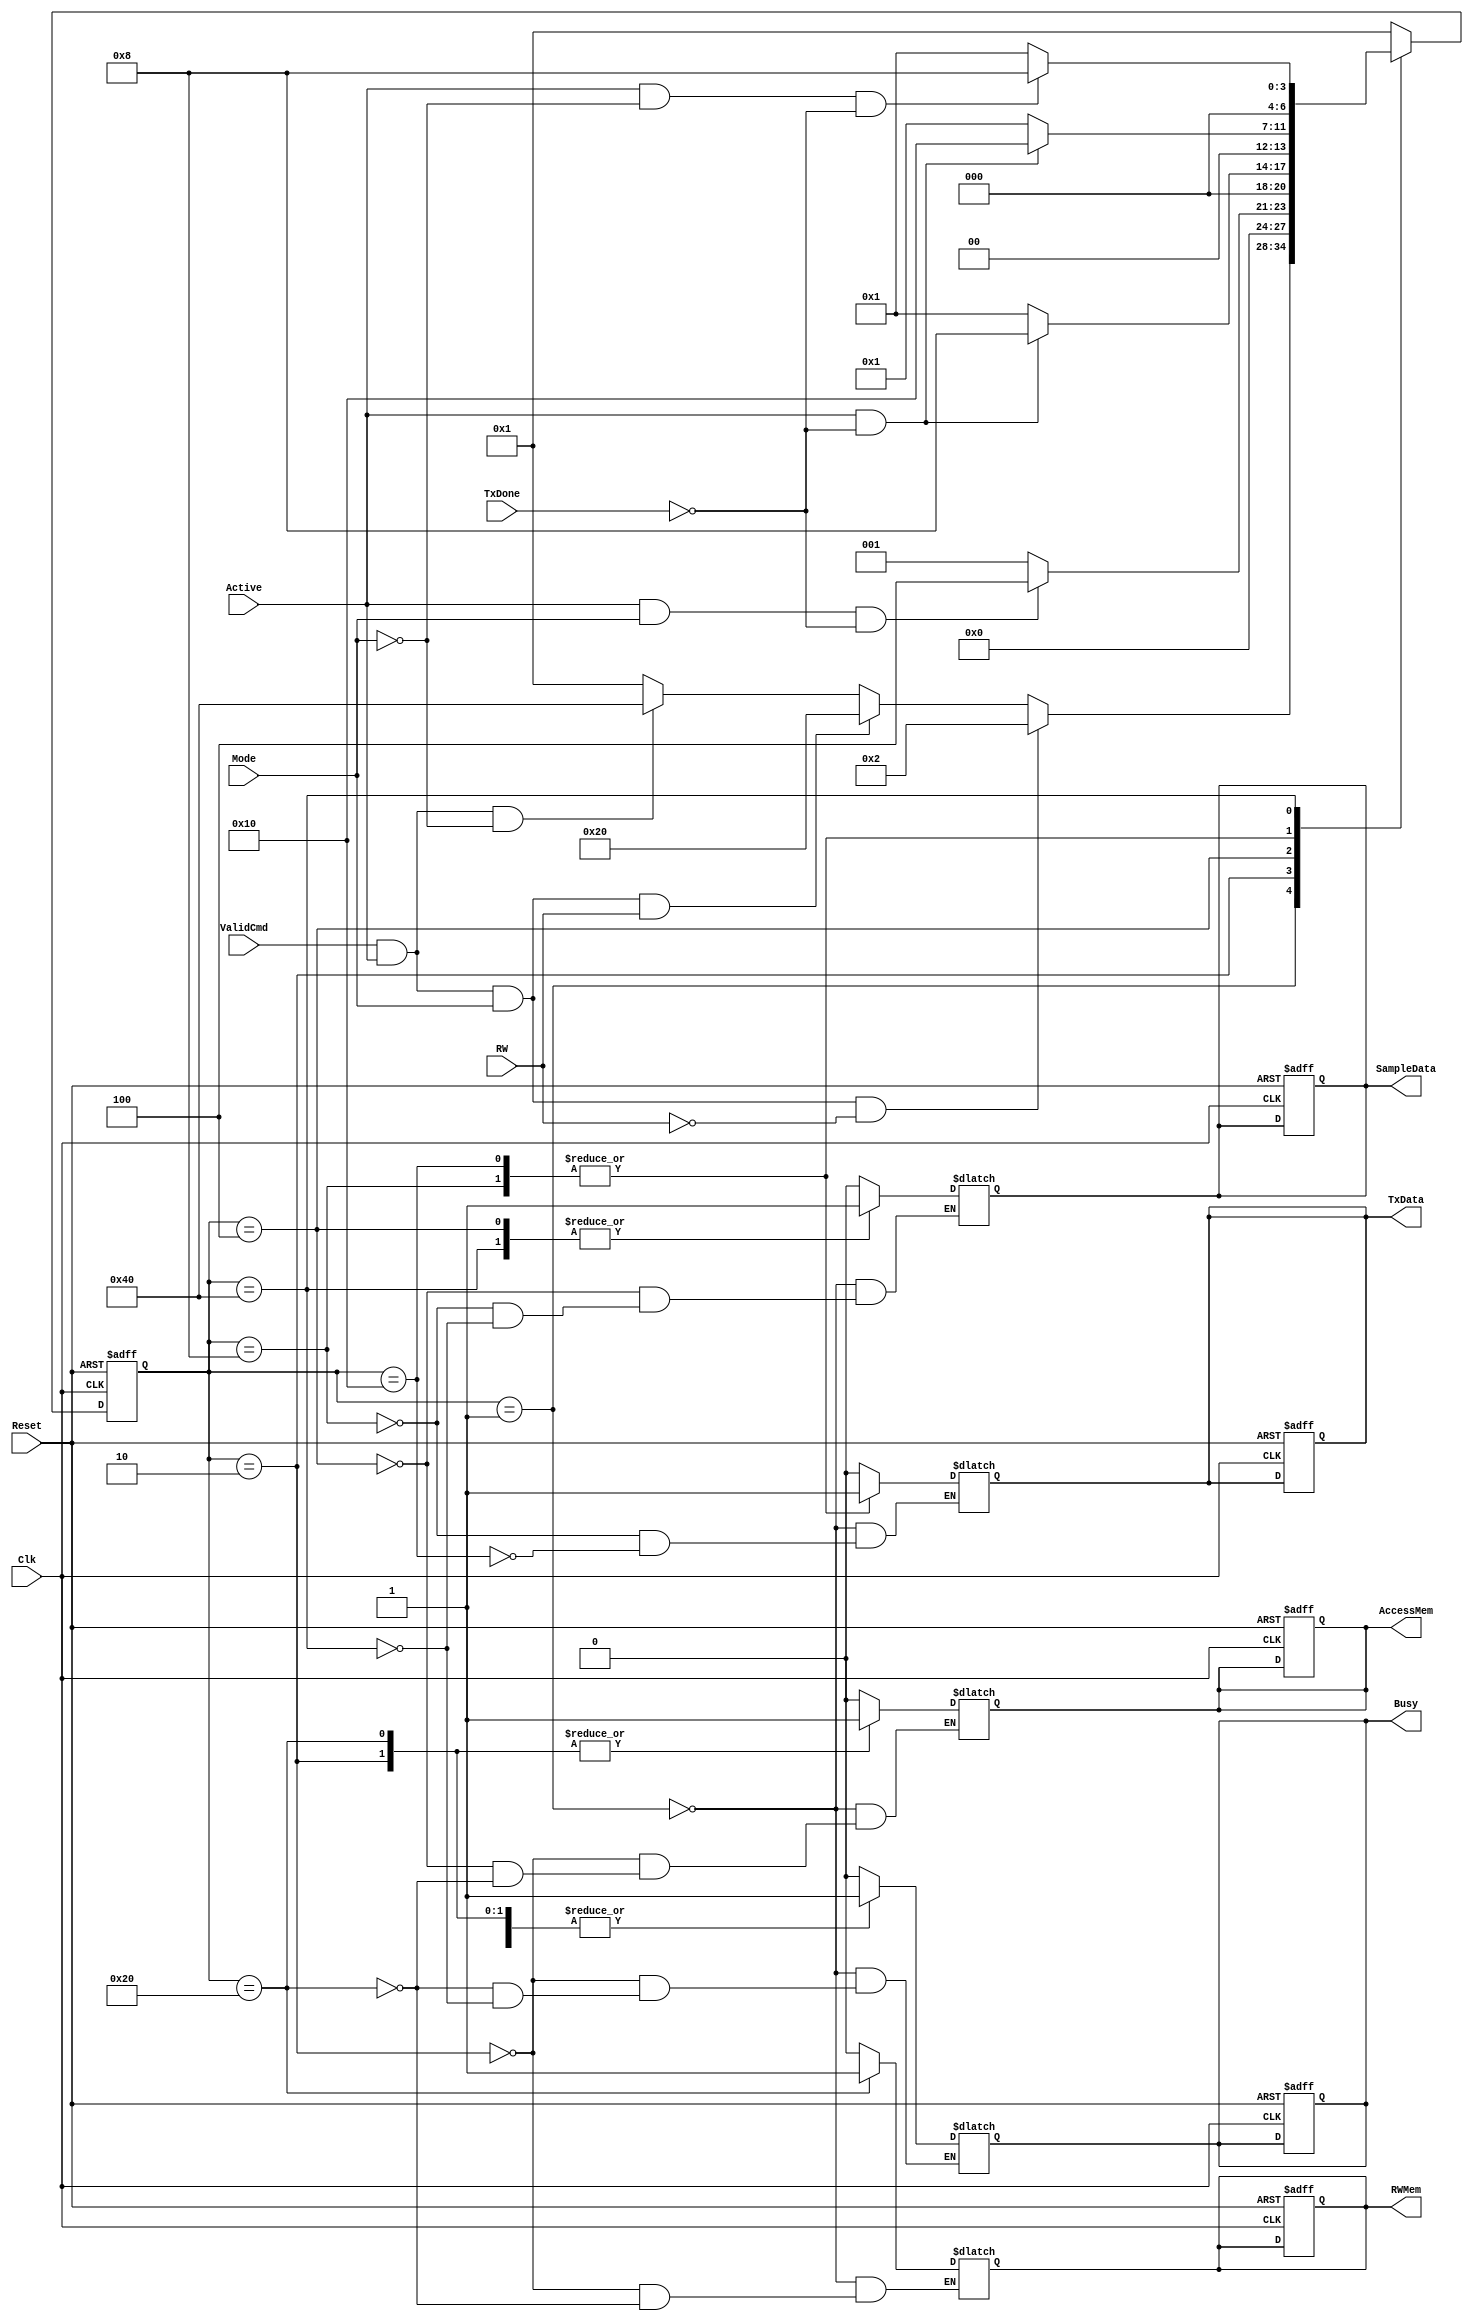
module Control_RW_Flow(input ValidCmd, RW, Reset, Clk, TxDone, Active, Mode,
                       output reg AccessMem, RWMem, SampleData, TxData, Busy);
  
  localparam IDLE = 7'b0000001;
  localparam READMEMORY = 7'b0000010;
  localparam SAMPLETRANSCEIVER = 7'b0000100;
  localparam STARTTRANSFER = 7'b0001000;
  localparam WAITTRANSFER = 7'b0010000;
  localparam WRITEMEMORY = 7'b0100000;
  localparam SAMPLESERIAL = 7'b1000000;
  
  reg [6:0] stare_curenta, stare_viitoare;
  always @(ValidCmd, Active, Mode, RW, TxDone, stare_curenta) begin
    case(stare_curenta)
      IDLE:
        if(ValidCmd == 1 && Active == 1 && Mode == 1 && RW == 0)
          stare_viitoare = READMEMORY;
      else if(ValidCmd == 1 && Active == 1 && Mode == 1 && RW == 1)
        stare_viitoare = WRITEMEMORY;
      else if(ValidCmd == 1 && Active == 1 && Mode == 0)
        stare_viitoare = SAMPLESERIAL;
       else stare_viitoare = IDLE;
    
      READMEMORY:
        if(Active && Mode && TxDone == 0)
          stare_viitoare = SAMPLETRANSCEIVER;
      else stare_viitoare = IDLE;
      
      SAMPLETRANSCEIVER:
        if(Active && TxDone == 0)
          stare_viitoare = STARTTRANSFER;
      else stare_viitoare = IDLE;
      
      STARTTRANSFER:
        if(Active && TxDone == 0)
          stare_viitoare = WAITTRANSFER;
      	else stare_viitoare = IDLE;
      
      WAITTRANSFER:
        if(Active && TxDone == 0)
          stare_viitoare = WAITTRANSFER;
      	else stare_viitoare = IDLE;
      
      WRITEMEMORY:
        stare_viitoare = IDLE;
      
      SAMPLESERIAL:
        if(Active && Mode == 0 && TxDone == 0)
          stare_viitoare = STARTTRANSFER;
        else stare_viitoare = IDLE;
      
      default: stare_viitoare = IDLE;
    endcase
  end
  
  always @(posedge Clk, posedge Reset) begin
    if(Reset) begin
      stare_curenta <= IDLE;
      AccessMem <= 0;
      RWMem <= 0;
      SampleData <= 0;
      TxData <= 0;
      Busy <= 0;
    end else if(Clk) begin
      stare_curenta <= stare_viitoare;
    end
  end
  
  always @(stare_curenta) begin
    case(stare_curenta)
      IDLE: begin
      AccessMem = 0;
      RWMem = 0;
      SampleData = 0;
      TxData = 0;
      Busy = 0;
      end
        
      READMEMORY:
        begin AccessMem=1; RWMem=0; Busy = 1; end 
      
      SAMPLETRANSCEIVER:
        begin AccessMem = 0; SampleData = 1; end
      
      STARTTRANSFER:
        begin TxData = 1; SampleData = 0; end
      
      WAITTRANSFER:
        begin TxData = 1; end
      
      WRITEMEMORY:
        begin AccessMem=1; RWMem=1; Busy=1; end 
      
      SAMPLESERIAL:
        begin SampleData = 1; Busy = 1; end
        
    endcase
  end
endmodule